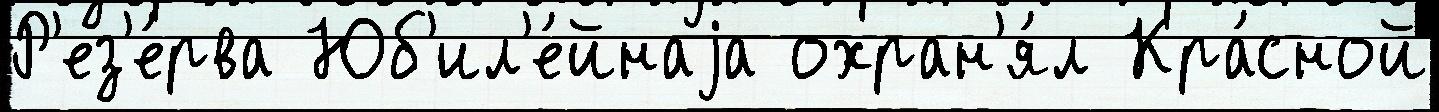
Р'ез'е́рва Юб'ил'е́йнаjа охран'я́л Кра́сной